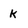
Character: k